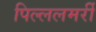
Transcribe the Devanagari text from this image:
पिल्ललमर्री